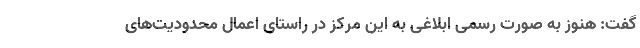
گفت: هنوز به صورت رسمی ابلاغی به این مرکز در راستای اعمال محدودیت‌های